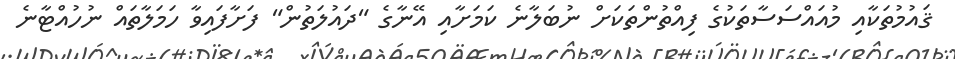
ޤައުމުތަކާއި މުއައްސަސާތަކުގެ ފިއްތުންތަކަށް ނުބަލާނެ ކަމަށާއި އޭނާގެ "ދައުލަތުން" ފަށާފައިވާ ހަމަލާތައް ނުހުއްޓާނެ